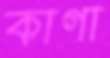
কাগা